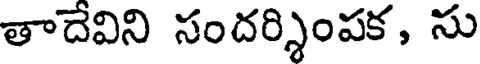
తాదేవిని సందర్శింపక, సు